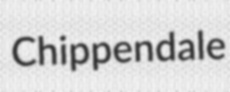
Chippendale